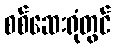
စစ်ဆေးရုံတွင်